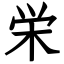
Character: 栄